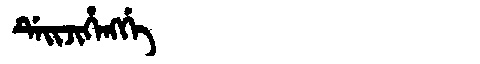
Manchu: ᡩᡝᡳᠵᡳᡥᡝᠩᡤᡝ
Romanization: DEIJIHENGGE